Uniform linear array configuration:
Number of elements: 4
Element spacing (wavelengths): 0.25
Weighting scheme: uniform
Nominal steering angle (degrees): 0
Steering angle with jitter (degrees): -1.552
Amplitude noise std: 0.05
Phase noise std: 0.05

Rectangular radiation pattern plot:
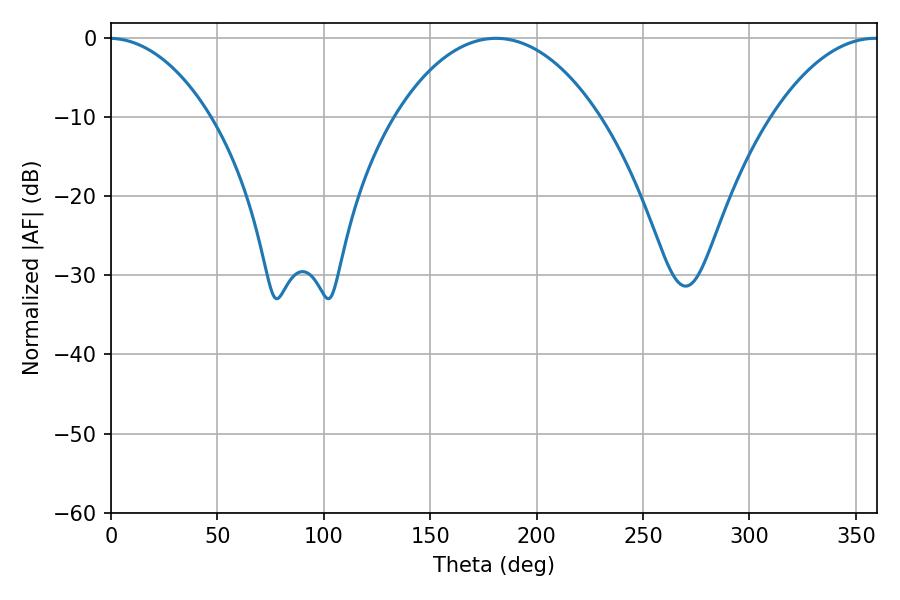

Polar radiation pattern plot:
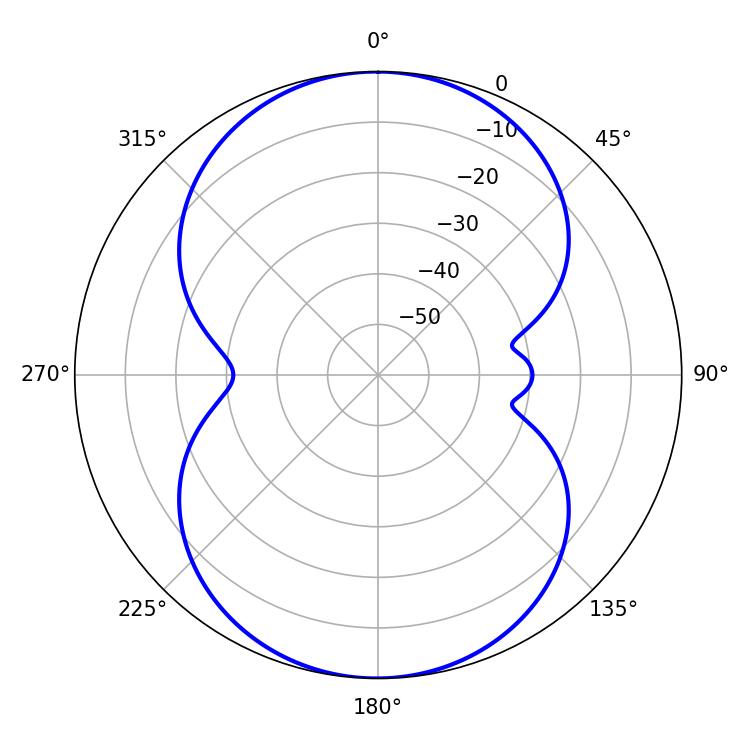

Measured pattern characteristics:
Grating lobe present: FALSE
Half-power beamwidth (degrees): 54
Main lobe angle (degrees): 180.9